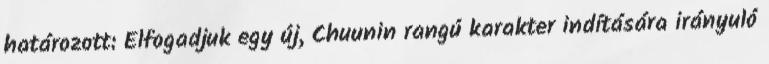
határozott: Elfogadjuk egy új, Chuunin rangú karakter indítására irányuló